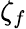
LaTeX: \zeta_{f}